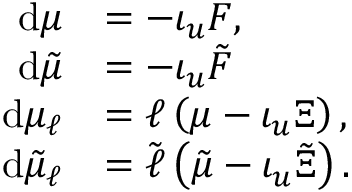
\begin{array} { r l } { \mathrm { d } \mu } & { = - \iota _ { u } F , } \\ { \mathrm { d } \tilde { \mu } } & { = - \iota _ { u } \tilde { F } } \\ { \mathrm { d } \mu _ { \ell } } & { = \ell \left( \mu - \iota _ { u } \Xi \right) , } \\ { \mathrm { d } \tilde { \mu } _ { \ell } } & { = \tilde { \ell } \left( \tilde { \mu } - \iota _ { u } \tilde { \Xi } \right) . } \end{array}